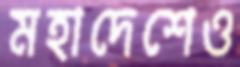
মহাদেশেও